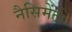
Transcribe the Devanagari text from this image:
नैसिमेंटो